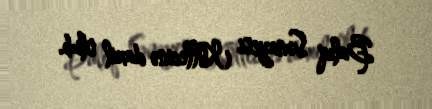
Balıq Sənayesi Kollecinə daxil olub.